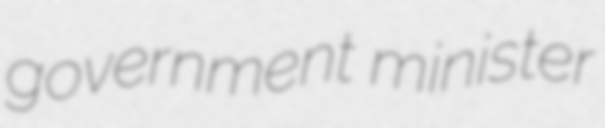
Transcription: government minister